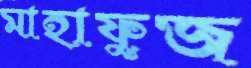
মাহাফুজ